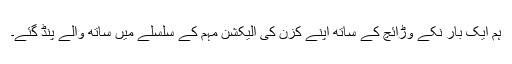
ہم ایک بار نکے وڑائچ کے ساتھ اپنے کزن کی الیکشن مہم کے سلسلے میں ساتھ والے پنڈ گئے۔